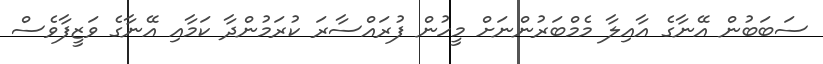
ސަބަބުން އޭނާގެ އާއިލާ މެމްބަރުންނަށް މީހުން ފުރައްސާރަ ކުރަމުންދާ ކަމާއި އޭނާގެ ވަޒީފާވެސް